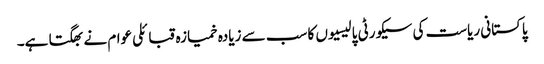
پاکستانی ریاست کی سیکورٹی پالیسیوں کا سب سے زیادہ خمیازہ قبائلی عوام نے بھگتا ہے۔